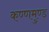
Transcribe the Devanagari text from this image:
कण्णमुण्ड